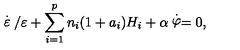
\stackrel { . } { \varepsilon } / \varepsilon + \sum _ { i = 1 } ^ { p } n _ { i } ( 1 + a _ { i } ) H _ { i } + \alpha \stackrel { . } { \varphi } = 0 ,